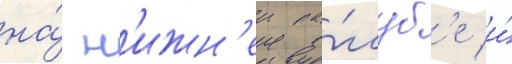
на́ н'ижн'еи па́луб'е и́